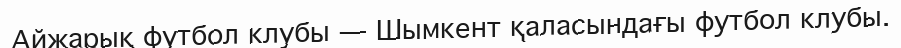
Айжарық футбол клубы — Шымкент қаласындағы футбол клубы.